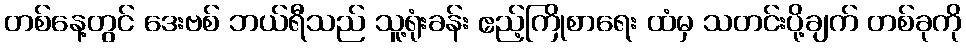
တစ်နေ့တွင် ဒေးဗစ် ဘယ်ရီသည် သူ့ရုံးခန်း ဧည့်ကြိုစာရေး ထံမှ သတင်းပို့ချက် တစ်ခုကို